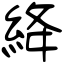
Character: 絳